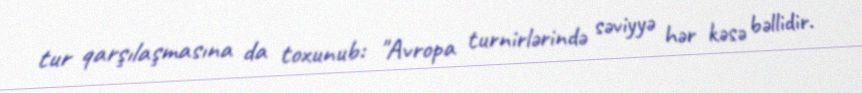
tur qarşılaşmasına da toxunub: "Avropa turnirlərində səviyyə hər kəsə bəllidir.